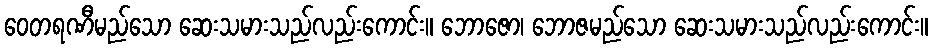
ဝေတရဏီမည်သော ဆေးသမားသည်လည်းကောင်း။ ဘောဇော၊ ဘောဇမည်သော ဆေးသမားသည်လည်းကောင်း။